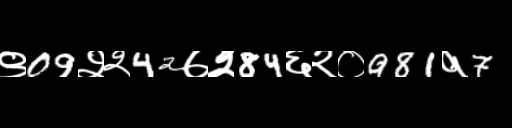
Text: ९09२२42७२84६२०981१7